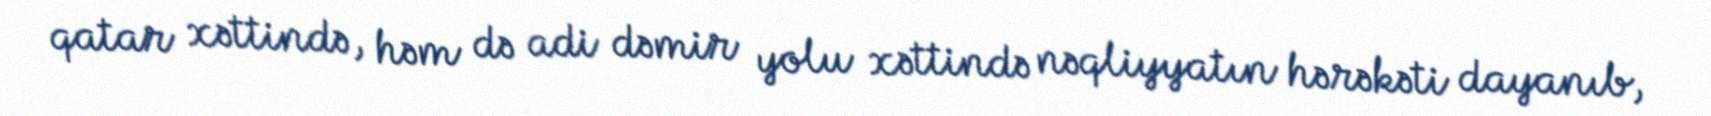
qatar xəttində, həm də adi dəmir yolu xəttində nəqliyyatın hərəkəti dayanıb,